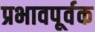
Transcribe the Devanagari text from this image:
प्रभावपूर्वक